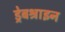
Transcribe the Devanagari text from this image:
ड्रेबश्राइन